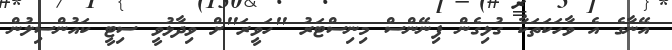
އޭނާގެ އެ ވާހަކަތަކާ ގުޅިގެން ފިނޭންސް މިނިސްޓަރު "ހަވީރަ"ށް ވިދާޅުވީ ސިޓީ ކައުންސިލުން